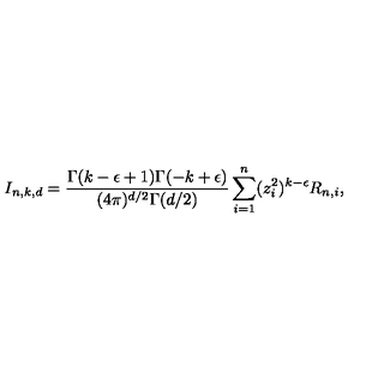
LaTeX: I _ { n , k , d } = \frac { \Gamma ( k - \epsilon + 1 ) \Gamma ( - k + \epsilon ) } { ( 4 \pi ) ^ { d / 2 } \Gamma ( d / 2 ) } \sum _ { i = 1 } ^ { n } ( z _ { i } ^ { 2 } ) ^ { k - \epsilon } R _ { n , i } ,